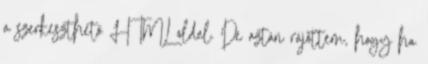
a szerkeszthető HTML oldal. De aztán rájöttem, hogy ha